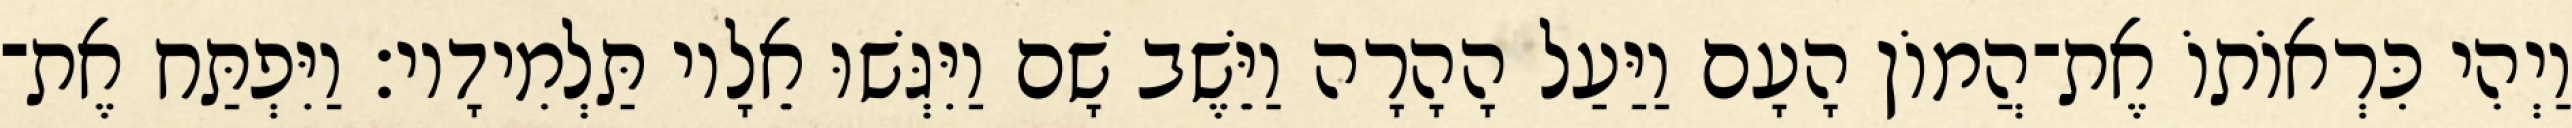
וַיְהִי כִּרְאוֹתוֹ אֶת־הֲמוֹן הָעָם וַיַּעַל הָהָרָה וַיֵּשֶׁב שָׁם וַיִּגְּשׁוּ אֵלָיו תַּלְמִידָיו׃ וַיִּפְתַּח אֶת־